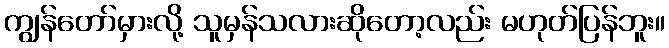
ကျွန်တော်မှားလို့ သူမှန်သလားဆိုတော့လည်း မဟုတ်ပြန်ဘူး။